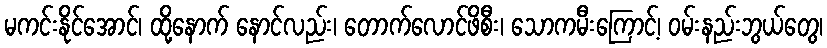
မကင်းနိုင်အောင်၊ ထို့နောက် နောင်လည်း၊ တောက်လောင်ဖိစီး၊ သောကမီးကြောင့်၊ ဝမ်းနည်းဘွယ်တွေ၊